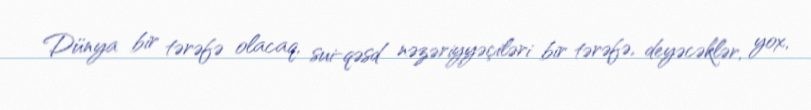
Dünya bir tərəfə olacaq, sui-qəsd nəzəriyyəçiləri bir tərəfə, deyəcəklər, yox,